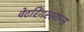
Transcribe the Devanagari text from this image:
वेटरिंगस्खान्स